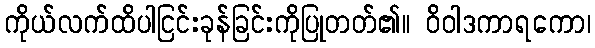
ကိုယ်လက်ထိပါငြင်းခုန်ခြင်းကိုပြုတတ်၏။ ဝိဝါဒကာရကော၊